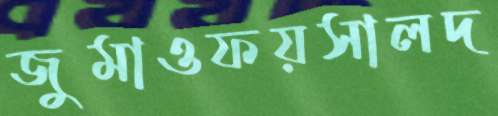
জুমাওফয়সালদ